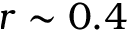
r \sim 0 . 4